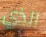
الذي